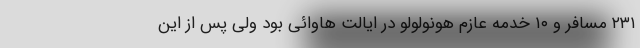
۲۳۱ مسافر و ۱۰ خدمه عازم هونولولو در ایالت هاوائی بود ولی پس از این